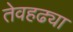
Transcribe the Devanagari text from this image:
तेवहढ्या